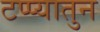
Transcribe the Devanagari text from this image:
टप्प्यातुन